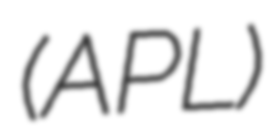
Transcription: (APL)